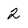
Character: 2